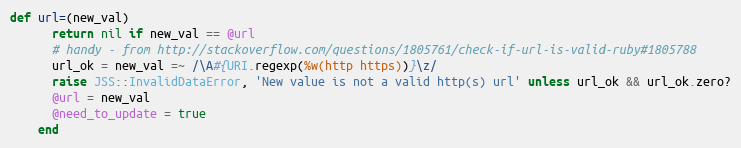
Language: Ruby
def url=(new_val)
      return nil if new_val == @url
      # handy - from http://stackoverflow.com/questions/1805761/check-if-url-is-valid-ruby#1805788
      url_ok = new_val =~ /\A#{URI.regexp(%w(http https))}\z/
      raise JSS::InvalidDataError, 'New value is not a valid http(s) url' unless url_ok && url_ok.zero?
      @url = new_val
      @need_to_update = true
    end